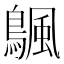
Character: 𬷣